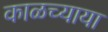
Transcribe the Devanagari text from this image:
काळच्याया